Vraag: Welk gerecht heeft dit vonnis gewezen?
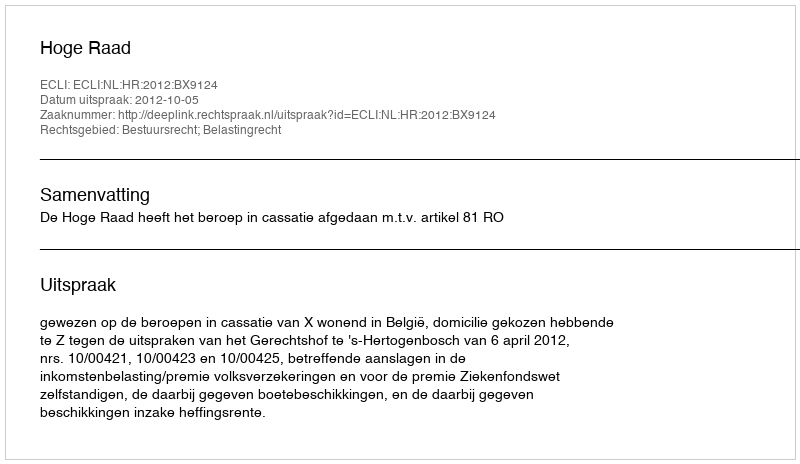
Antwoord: Hoge Raad